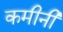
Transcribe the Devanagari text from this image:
कमीनी